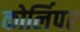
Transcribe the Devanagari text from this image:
कोर्लिपर